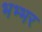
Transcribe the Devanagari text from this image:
भभ्भर